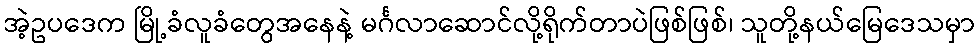
အဲ့ဥပဒေက မြို့ခံလူခံတွေအနေနဲ့ မင်္ဂလာဆောင်လို့ရိုက်တာပဲဖြစ်ဖြစ်၊ သူတို့နယ်မြေဒေသမှာ